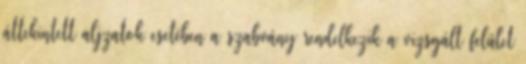
áttekintett aljzatok esetében a szabvány rendelkezik a vizsgált felület